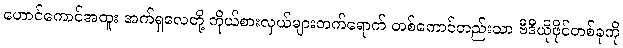
ဟောင်ကောင်အထူး အက်ရှလေတို့ ကိုယ်စားလှယ်များတက်ရောက် တစ်ကောင်တည်းသာ ဗီဒီယိုဖိုင်တစ်ခုကို